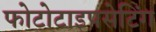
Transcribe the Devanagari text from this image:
फोटोटाइपसेटिंग